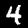
Digit: 4